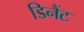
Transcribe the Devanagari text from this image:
डिनैंट